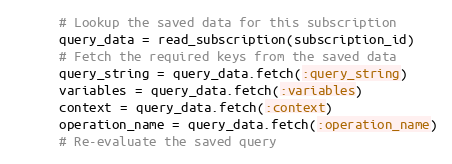
Language: Ruby
      # Lookup the saved data for this subscription
      query_data = read_subscription(subscription_id)
      # Fetch the required keys from the saved data
      query_string = query_data.fetch(:query_string)
      variables = query_data.fetch(:variables)
      context = query_data.fetch(:context)
      operation_name = query_data.fetch(:operation_name)
      # Re-evaluate the saved query